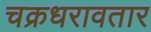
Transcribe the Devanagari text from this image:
चक्रधरावतार